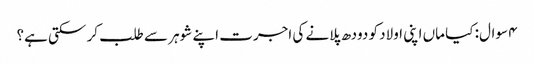
۴ سوال: کیا ماں اپنی اولاد کو دودھ پلانے کی اجرت اپنے شوہر سے طلب کر سکتی ہے؟